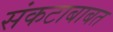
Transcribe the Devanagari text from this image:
संकटाबाबत